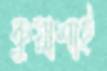
কুয়াশাই